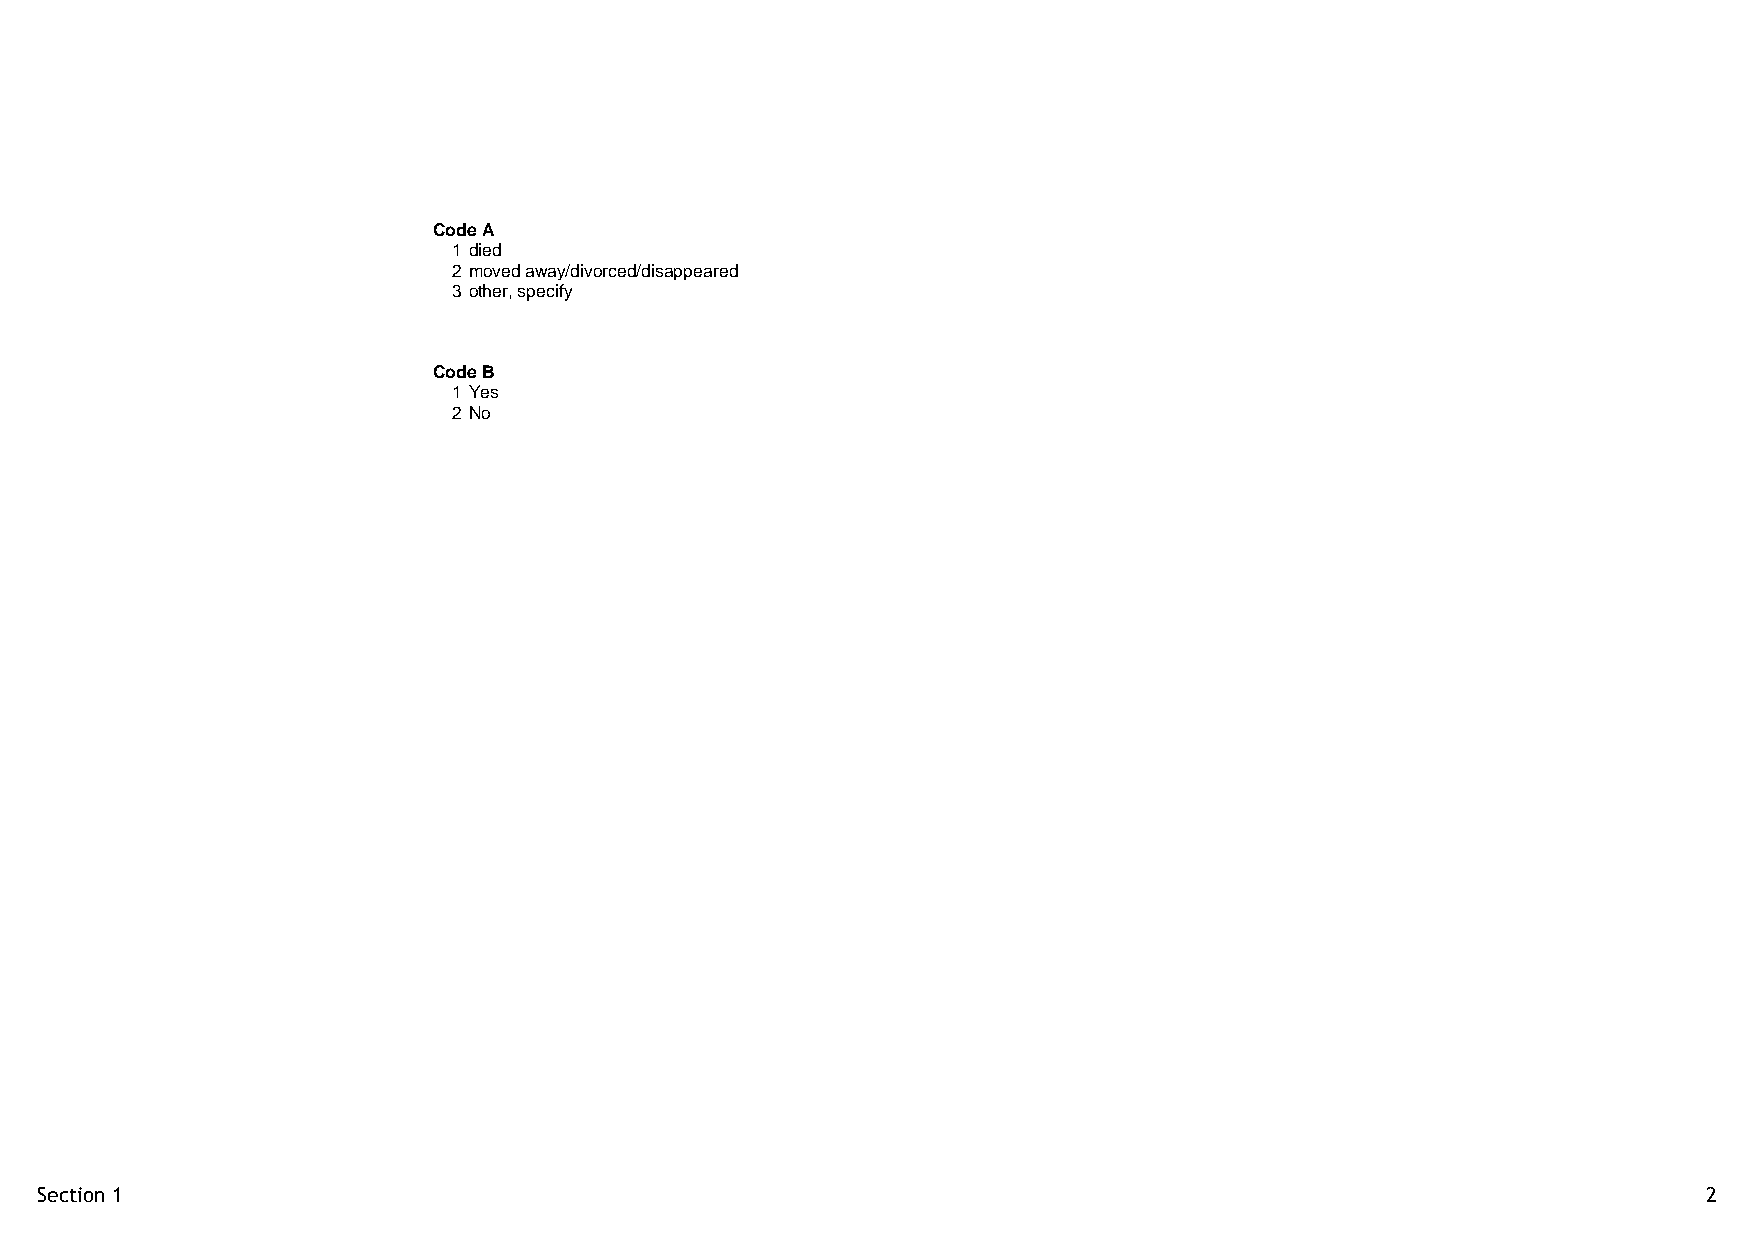
Code A
 1 died
 2 moved away/divorced/disappeared
 3 other, specify
 Code B
 1 Yes
 2 No
 Section 1                                                                                                      2